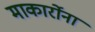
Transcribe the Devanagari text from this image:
माकार्रोना